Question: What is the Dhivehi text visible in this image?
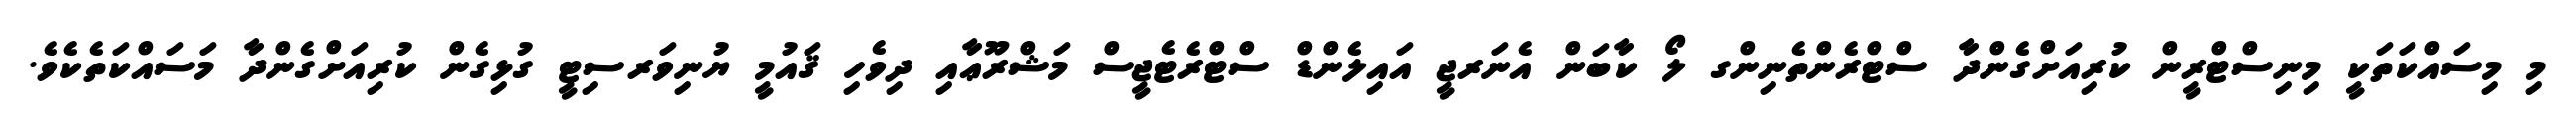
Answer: މި މިސައްކަތަކީ މިނިސްޓްރީން ކުރިއަށްގެންދާ ސްޓްރެންތެނިންގ ލޯ ކާބަން އެނަރޖީ އައިލެންޑް ސްޓްރެޓެޖީސް މަޝްރޫޢާއި ދިވެހި ޤައުމީ ޔުނިވަރސިޓީ ގުޅިގެން ކުރިއަށްގެންދާ މަސައްކަތެކެވެ.